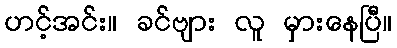
ဟင့်အင်း။ ခင်ဗျား လူ မှားနေပြီ။